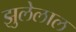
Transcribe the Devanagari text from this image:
झुलेलाल